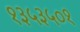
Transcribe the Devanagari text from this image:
१३५३५०१